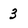
Character: 3